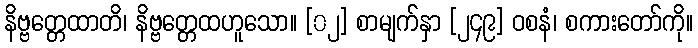
နိဗ္ဗတ္တေထာတိ၊ နိဗ္ဗတ္တေထဟူသော။ [၀၂] စာမျက်နှာ [၂၄၉] ဝစနံ၊ စကားတော်ကို။